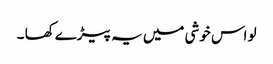
لو اس خوشی میں یہ پیڑے کھا ۔